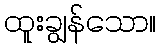
ထူးချွန်သော။